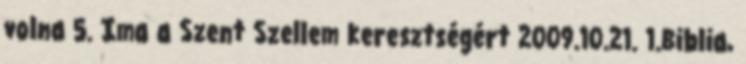
volna 5. Ima a Szent Szellem keresztségért 2009.10.21. 1.Biblia,